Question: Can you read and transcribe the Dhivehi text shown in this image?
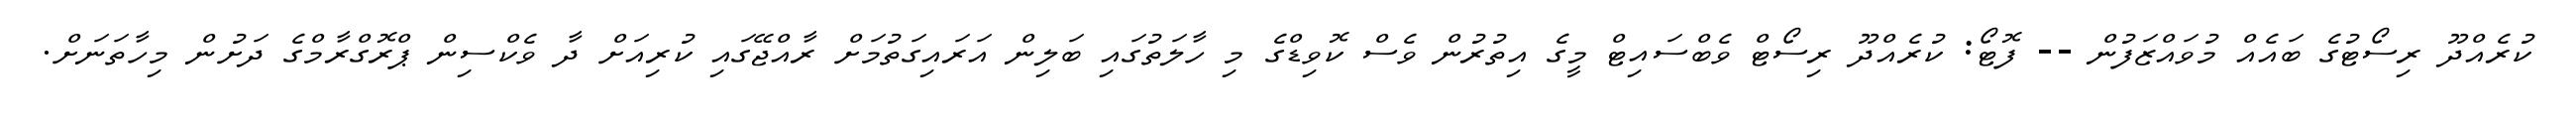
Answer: ކުރެއްދޫ ރިސޯޓުގެ ބައެއް މުވައްޒަފުން -- ފޮޓޯ: ކުރެއްދޫ ރިސޯޓް ވެބްސައިޓް މީގެ އިތުރުން ވެސް ކޮވިޑްގެ މި ހާލަތުގައި ބަލިން އަރައިގަތުމަށް ރާއްޖޭގައި ކުރިއަށް ދާ ވެކްސިން ޕްރޮގްރާމްގެ ދަށުން މިހާތަނަށް.